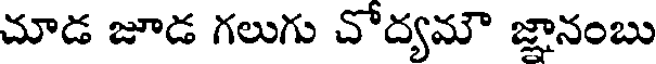
చూడ జూడ గలుగు చోద్యమౌ జ్ఞానంబు